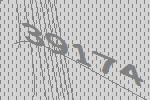
39174